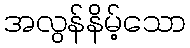
အလွန်နိမ့်သော